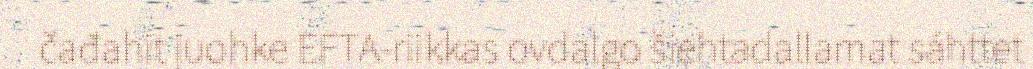
čađahit juohke EFTA-riikkas ovdalgo šiehtadallamat sáhttet